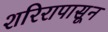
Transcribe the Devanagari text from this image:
शरिरापासून